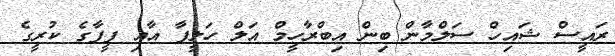
ރައީސް ޝައިހް ސަލްމާން ބިން އިބްރާހީމް އަލް ހަލީފާ އާއި ފީފާގެ ކުރީގެ